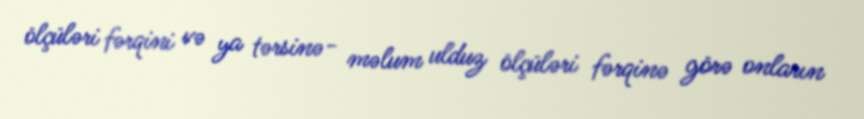
ölçüləri fərqini və ya tərsinə- məlum ulduz ölçüləri fərqinə görə onların